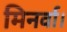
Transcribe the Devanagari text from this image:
मिनर्वा।